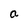
Character: a